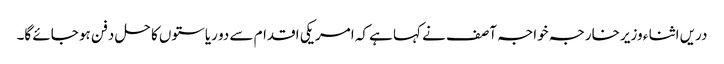
دریں اثنا ء وزیر خارجہ خواجہ آصف نے کہا ہے کہ امریکی اقدام سے دو ریاستوں کا حل دفن ہو جائے گا۔